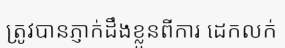
ត្រូវបានភ្ញាក់ដឹងខ្លួនពីការ ដេកលក់